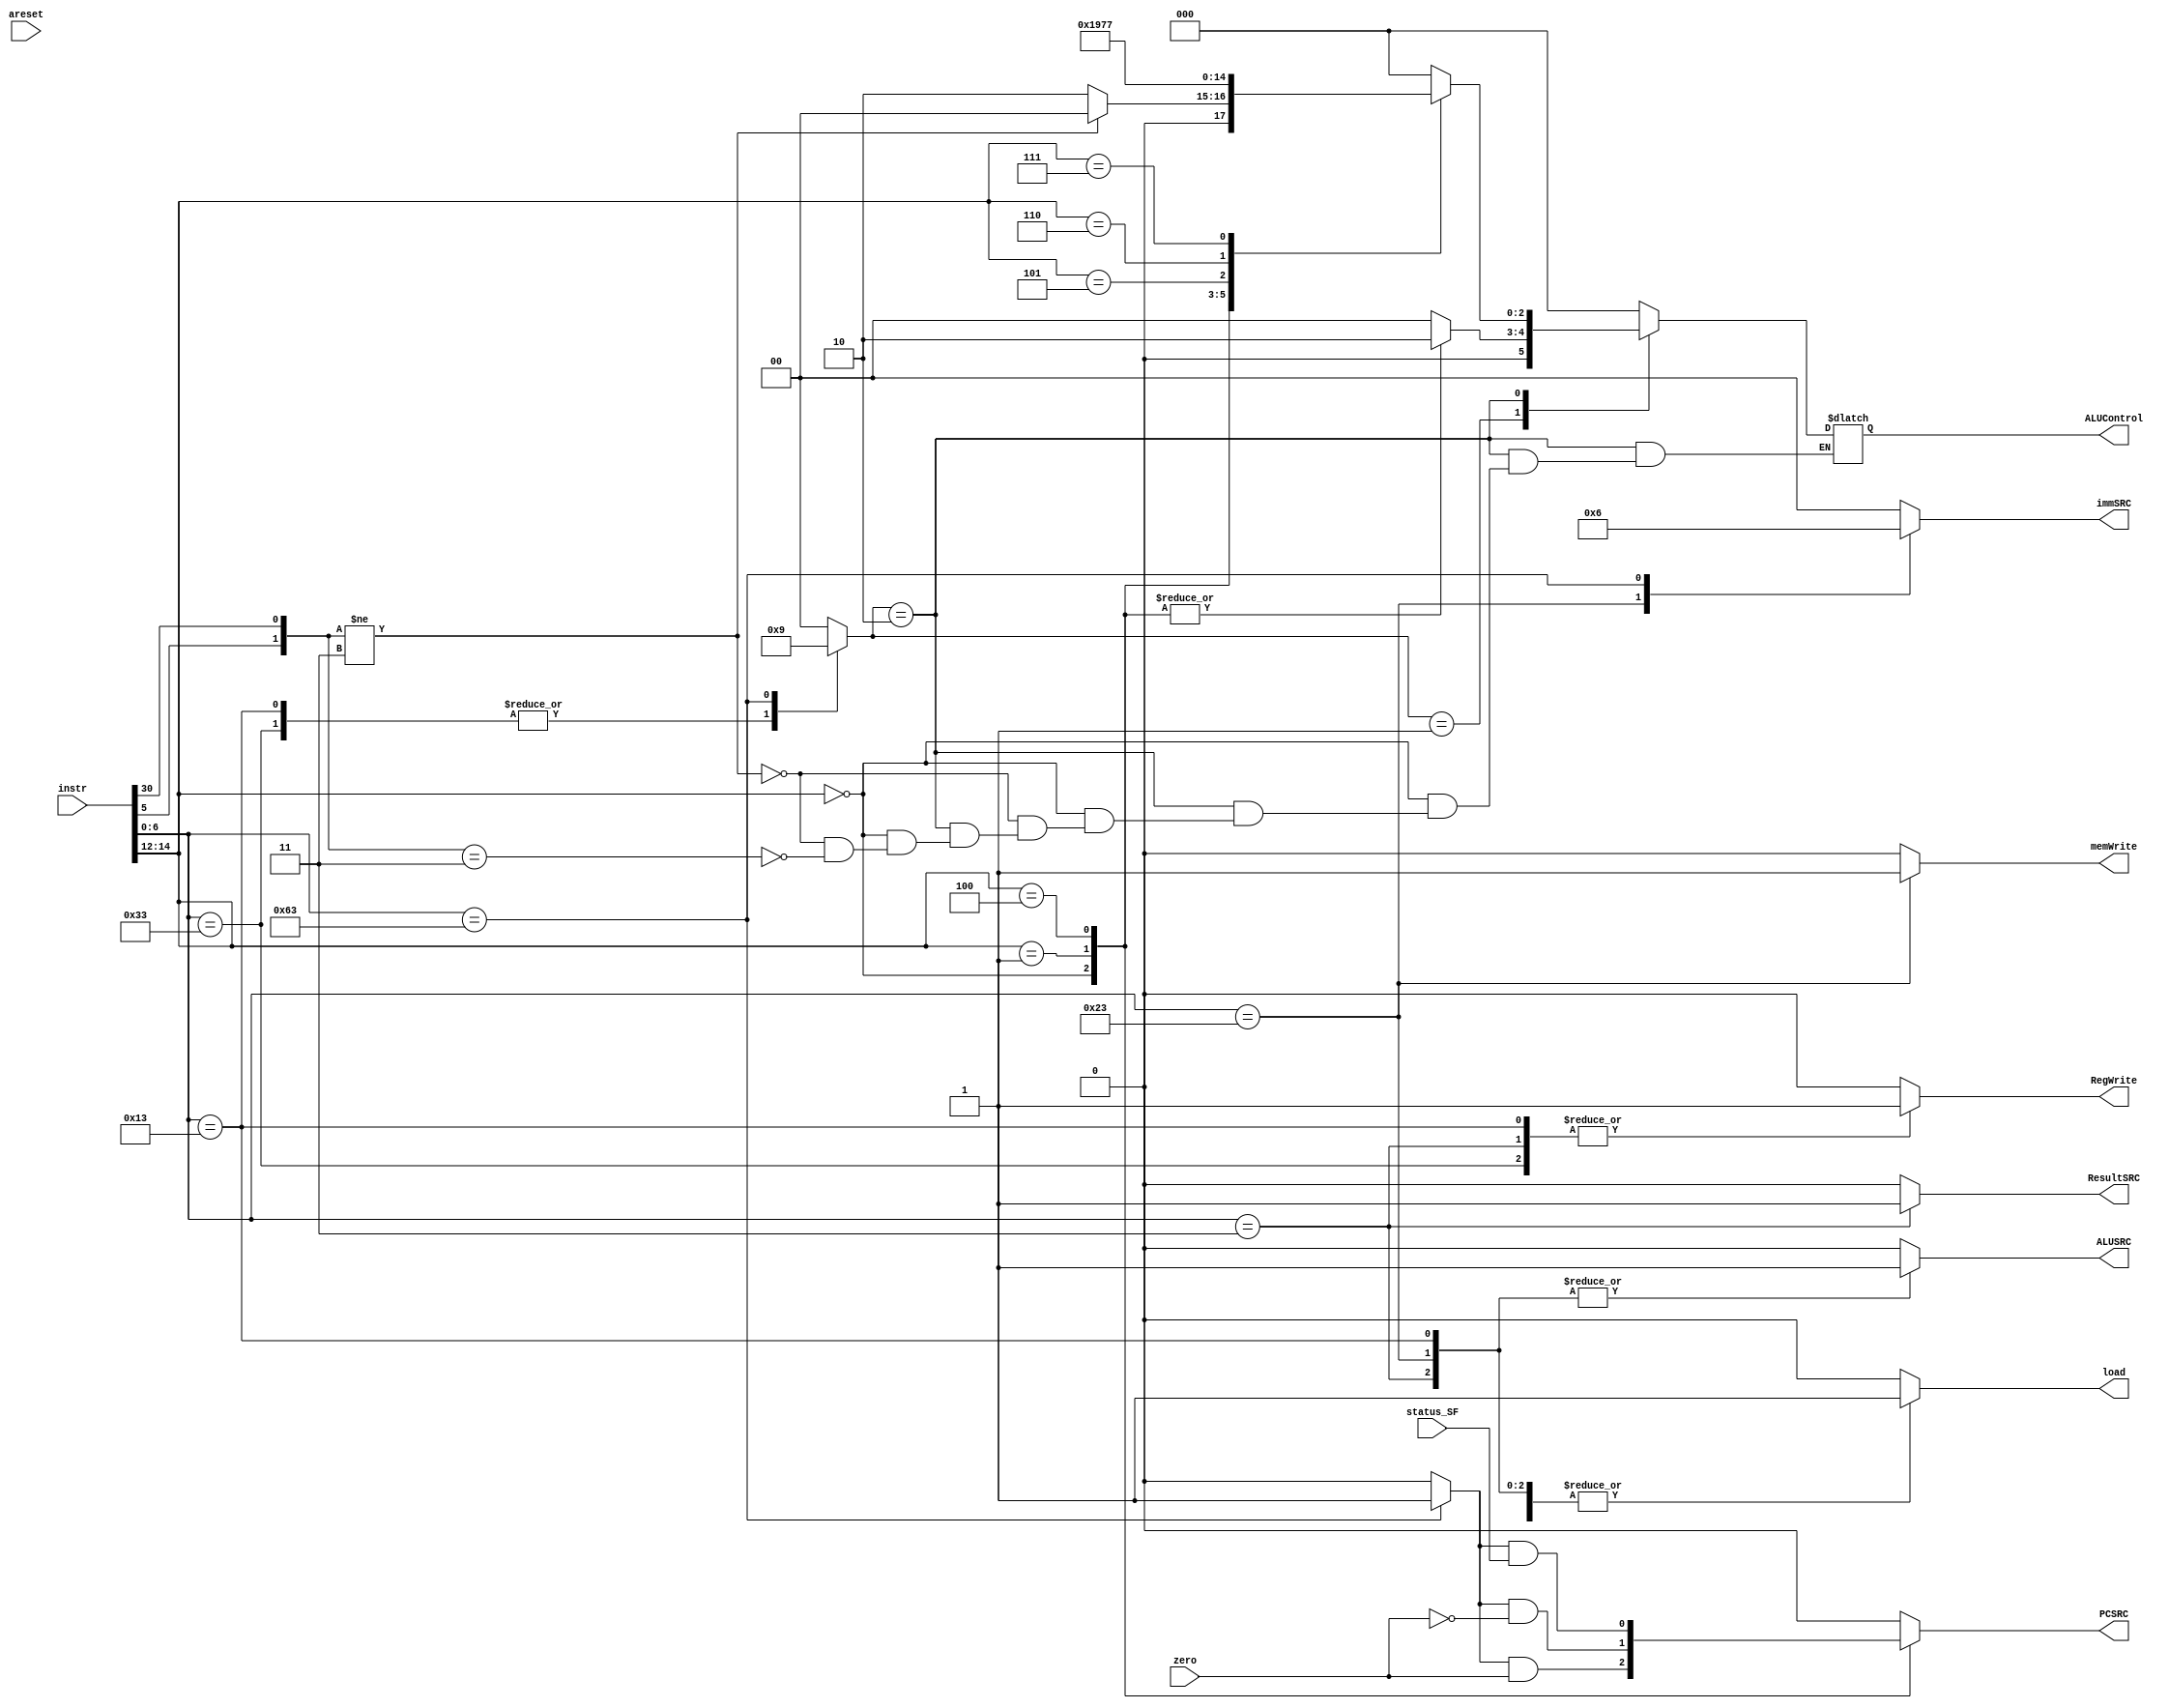
module control_unitt
( input [31:0] instr ,
input zero, status_SF,areset,
output reg PCSRC,ResultSRC,ALUSRC,memWrite,
output reg RegWrite, load,
output  reg [1:0] immSRC ,
output reg [2:0] ALUControl
);
reg Branch;
reg [1:0] ALUOP;
reg [6:0] opcode;
reg [2:0] func3;
reg func7;
always @(*)
begin
opcode=instr[6:0];
func3=instr [14:12];
func7=instr[30];
end
//wire Branch;
wire beq,bnq,blt;
wire out1;
//wire [1:0] ALUOP;

always@(*)
begin
case(opcode)
//load word instruction 
7'b000_0011: 
begin
RegWrite =1'b1;
immSRC=2'b00;
ALUSRC=1'b1;
memWrite=1'b0;
ResultSRC=1'b1;
Branch=1'b0;
ALUOP=2'b00;
load = 1'b1;
end
7'b010_0011:
begin
RegWrite =1'b0;
immSRC=2'b01;
ALUSRC=1'b1;
memWrite=1'b1;
ResultSRC=1'b0;
Branch=1'b0;
ALUOP=2'b00;
load = 1'b1;
end
7'b011_0011:
begin
RegWrite =1'b1;
immSRC=2'b00;
ALUSRC=1'b0;
memWrite=1'b0;
ResultSRC=1'b0;
Branch=1'b0;
ALUOP=2'b10;
load = 1'b1;
end
7'b001_0011:
begin
RegWrite =1'b1;
immSRC=2'b00;
ALUSRC=1'b1;
memWrite=1'b0;
ResultSRC=1'b0;
Branch=1'b0;
ALUOP=2'b10;
load = 1'b1;
end
7'b1100011:
begin
RegWrite =1'b0;
immSRC=2'b10;
ALUSRC=1'b0;
memWrite=1'b0;
ResultSRC=1'b0;
Branch=1'b1;
ALUOP=2'b01;
load = 1'b1;
end
default:
begin
RegWrite =1'b0;
immSRC=2'b00;
ALUSRC=1'b0;
memWrite=1'b0;
ResultSRC=1'b0;
Branch=1'b0;
ALUOP=2'b00;
load = 1'b0;
end
endcase
end
always@(*)
begin
case(ALUOP)
2'b00:
ALUControl =3'b000;
2'b01:
begin
case(func3)
3'b000: ALUControl=3'b010;
3'b001: ALUControl=3'b010;
3'b100: ALUControl=3'b010;
default: ALUControl =3'b000; 
endcase
end
2'b10:
begin
case(func3)
3'b000:
begin 
if ({opcode[5],func7}!=2'b11)
ALUControl=3'b000;
else if ({opcode[5],func7}==2'b11) 
ALUControl=3'b010;
end
3'b001:
ALUControl=3'b001;
3'b100:
ALUControl=3'b100;
3'b101:
ALUControl=3'b101;
3'b110:
ALUControl=3'b110;
3'b111:
ALUControl=3'b111;
default:
ALUControl =3'b000;
endcase
end
default: ALUControl=3'b000;
endcase
end

always@(*)
begin

case(func3)

3'b000: PCSRC =beq;
3'b001: PCSRC =bnq;
3'b100: PCSRC =blt;
default:PCSRC =1'b0;

endcase
end

assign beq=Branch & zero;
assign bnq=Branch & ~zero;
assign blt=Branch & status_SF ;

endmodule